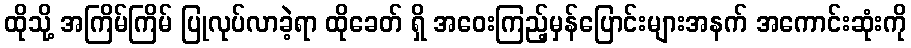
ထိုသို့ အကြိမ်ကြိမ် ပြုလုပ်လာခဲ့ရာ ထိုခေတ် ရှိ အဝေးကြည့်မှန်ပြောင်းများအနက် အကောင်းဆုံးကို